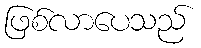
ဖြစ်လာပေသည်